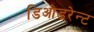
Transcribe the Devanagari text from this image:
डिओडरेन्ट